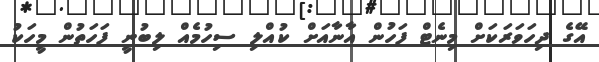
އޭގެ ދިހަވަރަކަށް މިނެޓް ފަހުން އާނާއަށް ކުއްލި ސިހުމެއް ލިބުނީ ފަަހަތުން މީހަކު